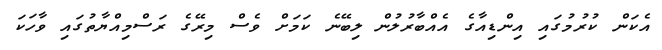
އެކަން ކުރުމުގައި އިންޑިއާގެ އެއްބާރުލުން ލިބޭނެ ކަމަށް ވެސް މިރޭގެ ރަސްމިއްޔާތުގައި ވާހަކަ